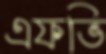
এফভি